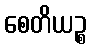
စေတိယဉ္စ